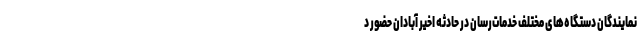
نمایندگان دستگاه‌های مختلف خدمات‌رسان در حادثه اخیر آبادان حضور د